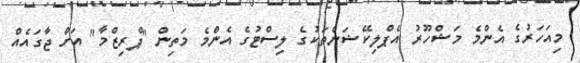
މިއަހަރުގެ އެންމެ މަޝްހޫރު އެޕްލިކޭޝަންތަކުގެ ލިސްޓުގެ އެންމެ މަތިން "ޕްރިޒްމާ" އަށް ޖާގައެއް